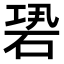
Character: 𥒽